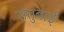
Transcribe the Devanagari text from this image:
सतुबाई